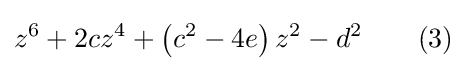
z^{6}+2cz^{4}+\left(c^{2}-4e\right)z^{2}-d^{2}\qquad (3)